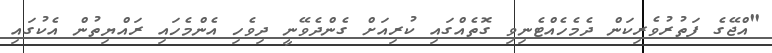
"އްޖޭގެ ފަތުރުވެރިކަން ދެމެހެއްޓެނިވި ގޮތެއްގައި ކުރިއަށް ގެންދެވޭނީ ދިވެހި އެންމެހައި ރައްޔިތުން އެކުގައި